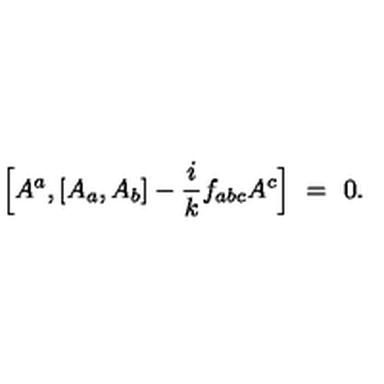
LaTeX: \Bigl [ A ^ { a } , [ A _ { a } , A _ { b } ] - \frac { i } { k } f _ { a b c } A ^ { c } \Bigr ] \ = \ 0 .